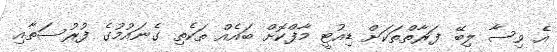
އެ ވިސާ ލިބޭ ފަރާތްތަކަށް ޑިއުޓީ މާފްކޮށް ބައެއް ތަކެތި ގެނައުމުގެ ފުރުސަތާއި